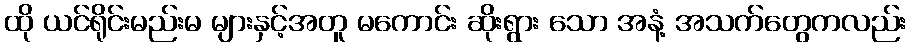
ထို ယင်ရိုင်းမည်းမ များနှင့်အတူ မကောင်း ဆိုးရွား သော အနံ့ အသက်တွေကလည်း